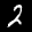
Label: 2